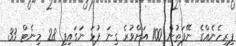
ފިރިހެނެއްގެ ނޭފަތުން 100 އަށްވުރެ ގިނަ ފުޅަ ނަގައިފި 28 މިނެޓް 33